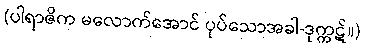
(ပါရာဇိက မလောက်အောင် ပုပ်သောအခါ-ဒုက္ကဋ်။)